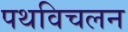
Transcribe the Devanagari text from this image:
पथविचलन